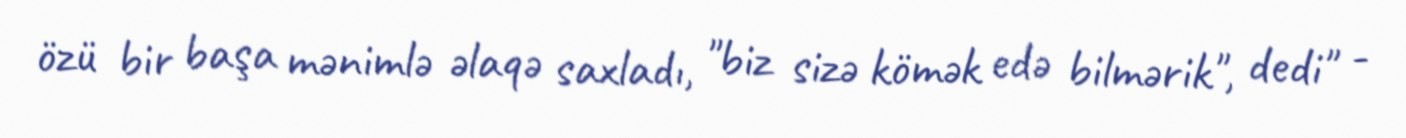
özü bir başa mənimlə əlaqə saxladı, "biz sizə kömək edə bilmərik", dedi" -